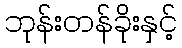
ဘုန်းတန်ခိုးနှင့်